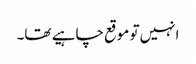
انہیں تو موقع چاہیے تھا۔